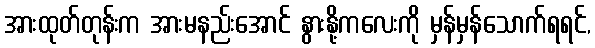
အားထုတ်တုန်းက အားမနည်းအောင် နွားနို့ကလေးကို မှန်မှန်သောက်ရရင်,